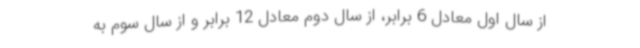
از سال اول معادل 6 برابر، از سال دوم معادل 12 برابر و از سال سوم به